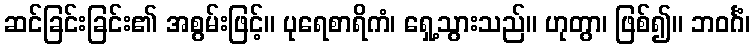
ဆင်ခြင်းခြင်း၏ အစွမ်းဖြင့်။ ပုရေစာရိကံ၊ ရှေ့သွားသည်။ ဟုတွာ၊ ဖြစ်၍။ ဘဝင်္ဂံ၊